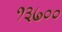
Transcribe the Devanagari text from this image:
१३७००